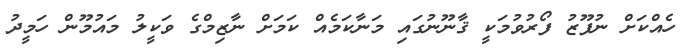
ހެއްކަށް ނުފޫޒު ފޯރުވުމަކީ ޤާނޫނުގައި މަނާކަމެއް ކަމަށް ނާޒިމްގެ ވަކީލު މައުމޫން ހަމީދު